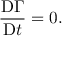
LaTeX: { \frac { \mathrm { D } \Gamma } { \mathrm { D } t } } = 0 .